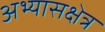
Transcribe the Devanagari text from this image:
अभ्यासक्षेत्र